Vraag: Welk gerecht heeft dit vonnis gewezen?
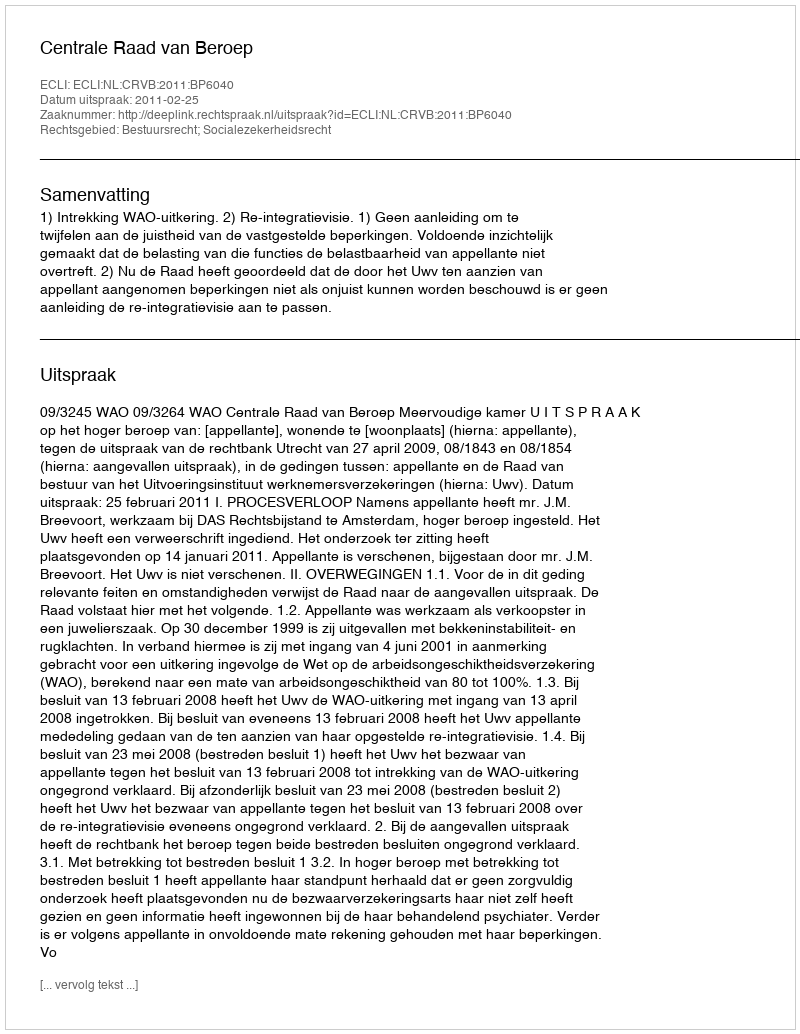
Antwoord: Centrale Raad van Beroep